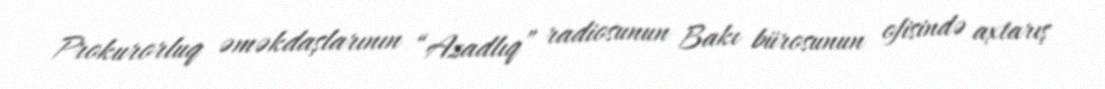
Prokurorluq əməkdaşlarının “Azadlıq” radiosunun Bakı bürosunun ofisində axtarış